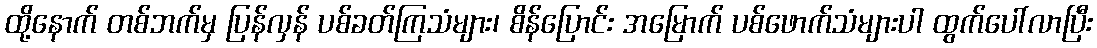
ထို့နောက် တစ်ဘက်မှ ပြန်လှန် ပစ်ခတ်ကြသံများ၊ စိန်ပြောင်း အမြောက် ပစ်ဖောက်သံများပါ ထွက်ပေါ်လာပြီး